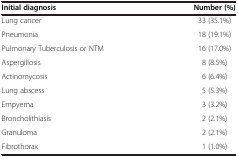
| Initial diagnosis | Number (%) |
 | --- | --- |
 | Lung cancer | 33 (35.1%) |
 | Pneumonia | 18 (19.1%) |
 | Pulmonary Tuberculosis or NTM | 16 (17.0%) |
 | Aspergillosis | 8 (8.5%) |
 | Actinomycosis | 6 (6.4%) |
 | Lung abscess | 5 (5.3%) |
 | Empyema | 3 (3.2%) |
 | Broncholithiasis | 2 (2.1%) |
 | Granuloma | 2 (2.1%) |
 | Fibrothorax | 1 (1.0%) |